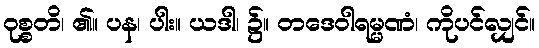
ဝုစ္စတိ၊ ၏။ ပန၊ ပါး။ ယဒါ၊ ၌။ တဒေဝါရမ္မဏံ၊ ကိုပင်လျှင်။